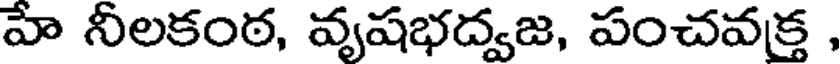
హే నీలకంఠ, వృషభద్వజ, పంచవక్త ,